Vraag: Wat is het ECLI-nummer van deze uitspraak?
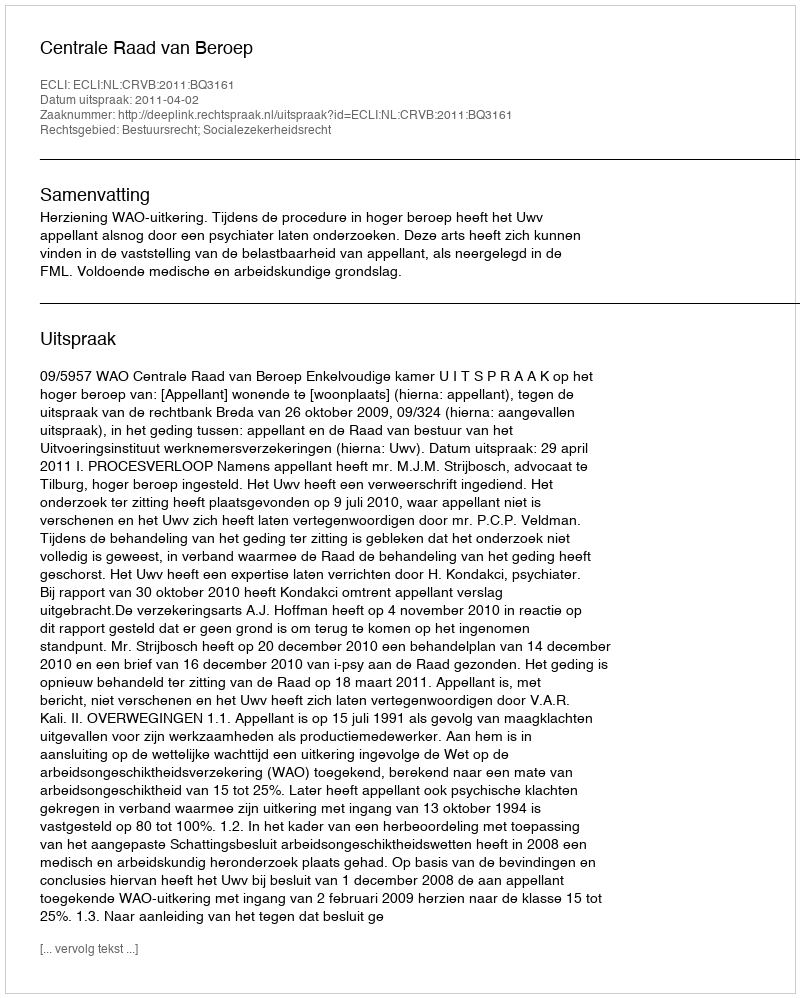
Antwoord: ECLI:NL:CRVB:2011:BQ3161